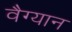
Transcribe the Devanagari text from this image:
वैग्यान